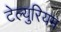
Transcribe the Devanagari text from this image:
टेल्युरियम